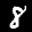
Label: 8